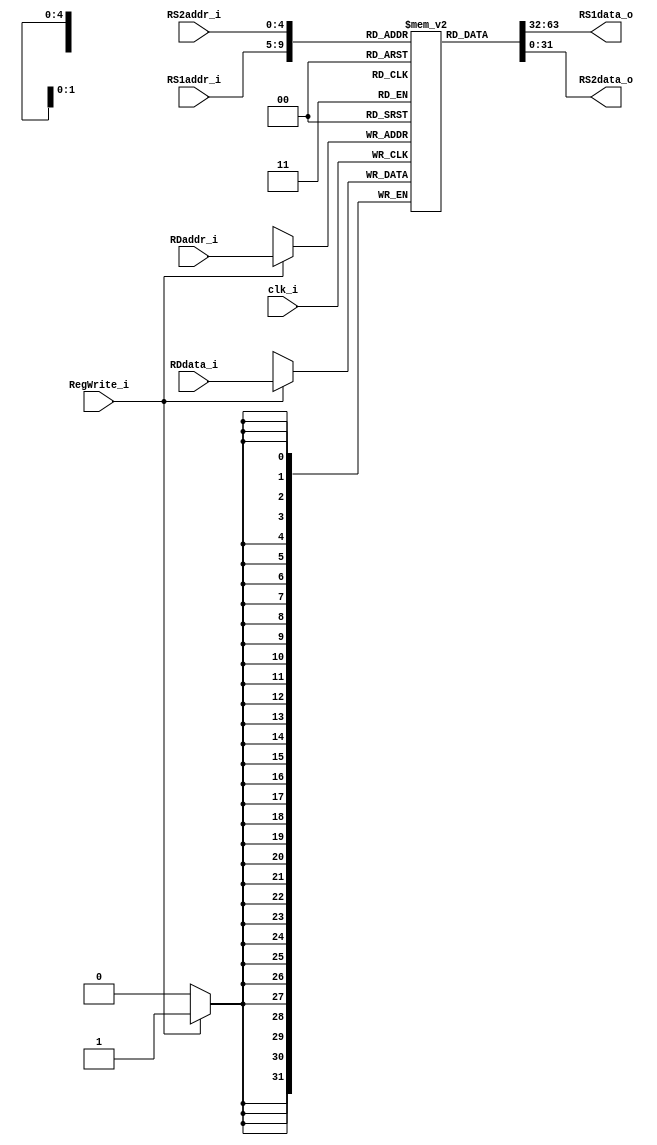
module Registers
(
	clk_i,
	RS1addr_i,
	RS2addr_i,
	RDaddr_i, 
	RDdata_i,
	RegWrite_i, 
	RS1data_o, 
	RS2data_o 
);

// Interface
input				clk_i;
input	[4:0]		RS1addr_i;
input	[4:0]		RS2addr_i;
input	[4:0]		RDaddr_i;
input	[31:0]		RDdata_i;
input				RegWrite_i;
output	[31:0]		RS1data_o; 
output	[31:0]		RS2data_o;


   
// Register Bank
reg		[31:0]		register		[0:31];
      
// Read Data      
assign	RS1data_o = register[RS1addr_i];
assign	RS2data_o = register[RS2addr_i];

// Write Data   
always@(negedge clk_i) begin
	if(RegWrite_i)
		register[RDaddr_i] = RDdata_i;
end
   
endmodule